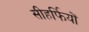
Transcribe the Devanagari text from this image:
सीहर्फियों